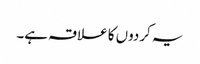
یہ کردوں کا علاقہ ہے۔